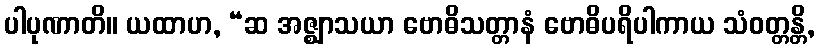
ပါပုဏာတိ။ ယထာဟ, “ဆ အဇ္ဈာသယာ ဗောဓိသတ္တာနံ ဗောဓိပရိပါကာယ သံဝတ္တန္တိ,